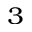
_ 3